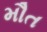
મૌત